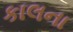
કાલના